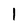
Character: 1